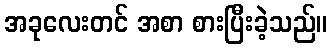
အခုလေးတင် အစာ စားပြီးခဲ့သည်။